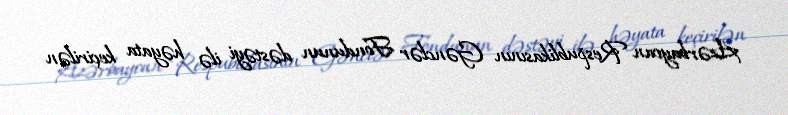
Azərbaycan Respublikasının Gənclər Fondunun dəstəyi ilə həyata keçirilən